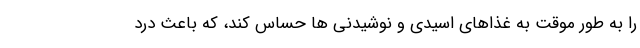
را به طور موقت به غذاهای اسیدی و نوشیدنی ها حساس کند، که باعث درد